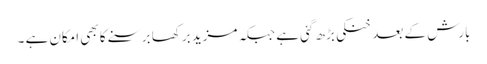
بارش کے بعد خنکی بڑھ گئی ہے جبکہ مزید برکھا برسنے کا بھی امکان ہے ۔